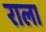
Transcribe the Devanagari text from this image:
राला